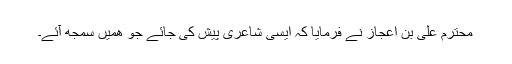
محترم علی بن اعجاز نے فرمایا کہ ایسی شاعری پیش کی جائے جو ھمیں سمجھ آئے۔